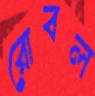
রোবল